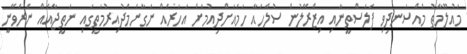
މައުލޫމާތު މުއްސަނދިވި ފަލަސްތީނާއި އިޒްރޭލުން ސުލްހައާ ހަމައަށްދިއުމަށް އަހަރެއް ނަގާނެމެދުއިރުމަތީގައި ނަތީޖާއެއް ނެރެވޭނީ